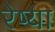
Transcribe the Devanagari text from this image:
रेष्या